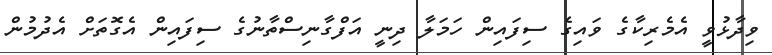
ވިދާޅުވީ އެމެރިކާގެ ވައިގެ ސިފައިން ހަމަލާ ދިނީ އަފްގާނިސްތާނުގެ ސިފައިން އެގޮތަށް އެދުމުން